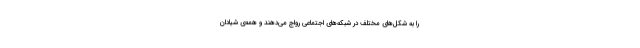
را به شکل‌های مختلف در شبکه‌های اجتماعی رواج می‌دهند و همه‌ی شیادان